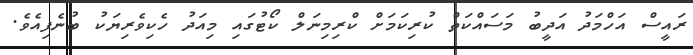
ރައީސް އަހްމަދު އަދީބު މަސައްކަތް ކުރިކަމަށް ކްރިމިނަލް ކޯޓުގައި މިއަދު ހެކިވެރިޔަކު ބުނެފިއެވެ.